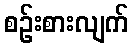
စဉ်းစားလျက်